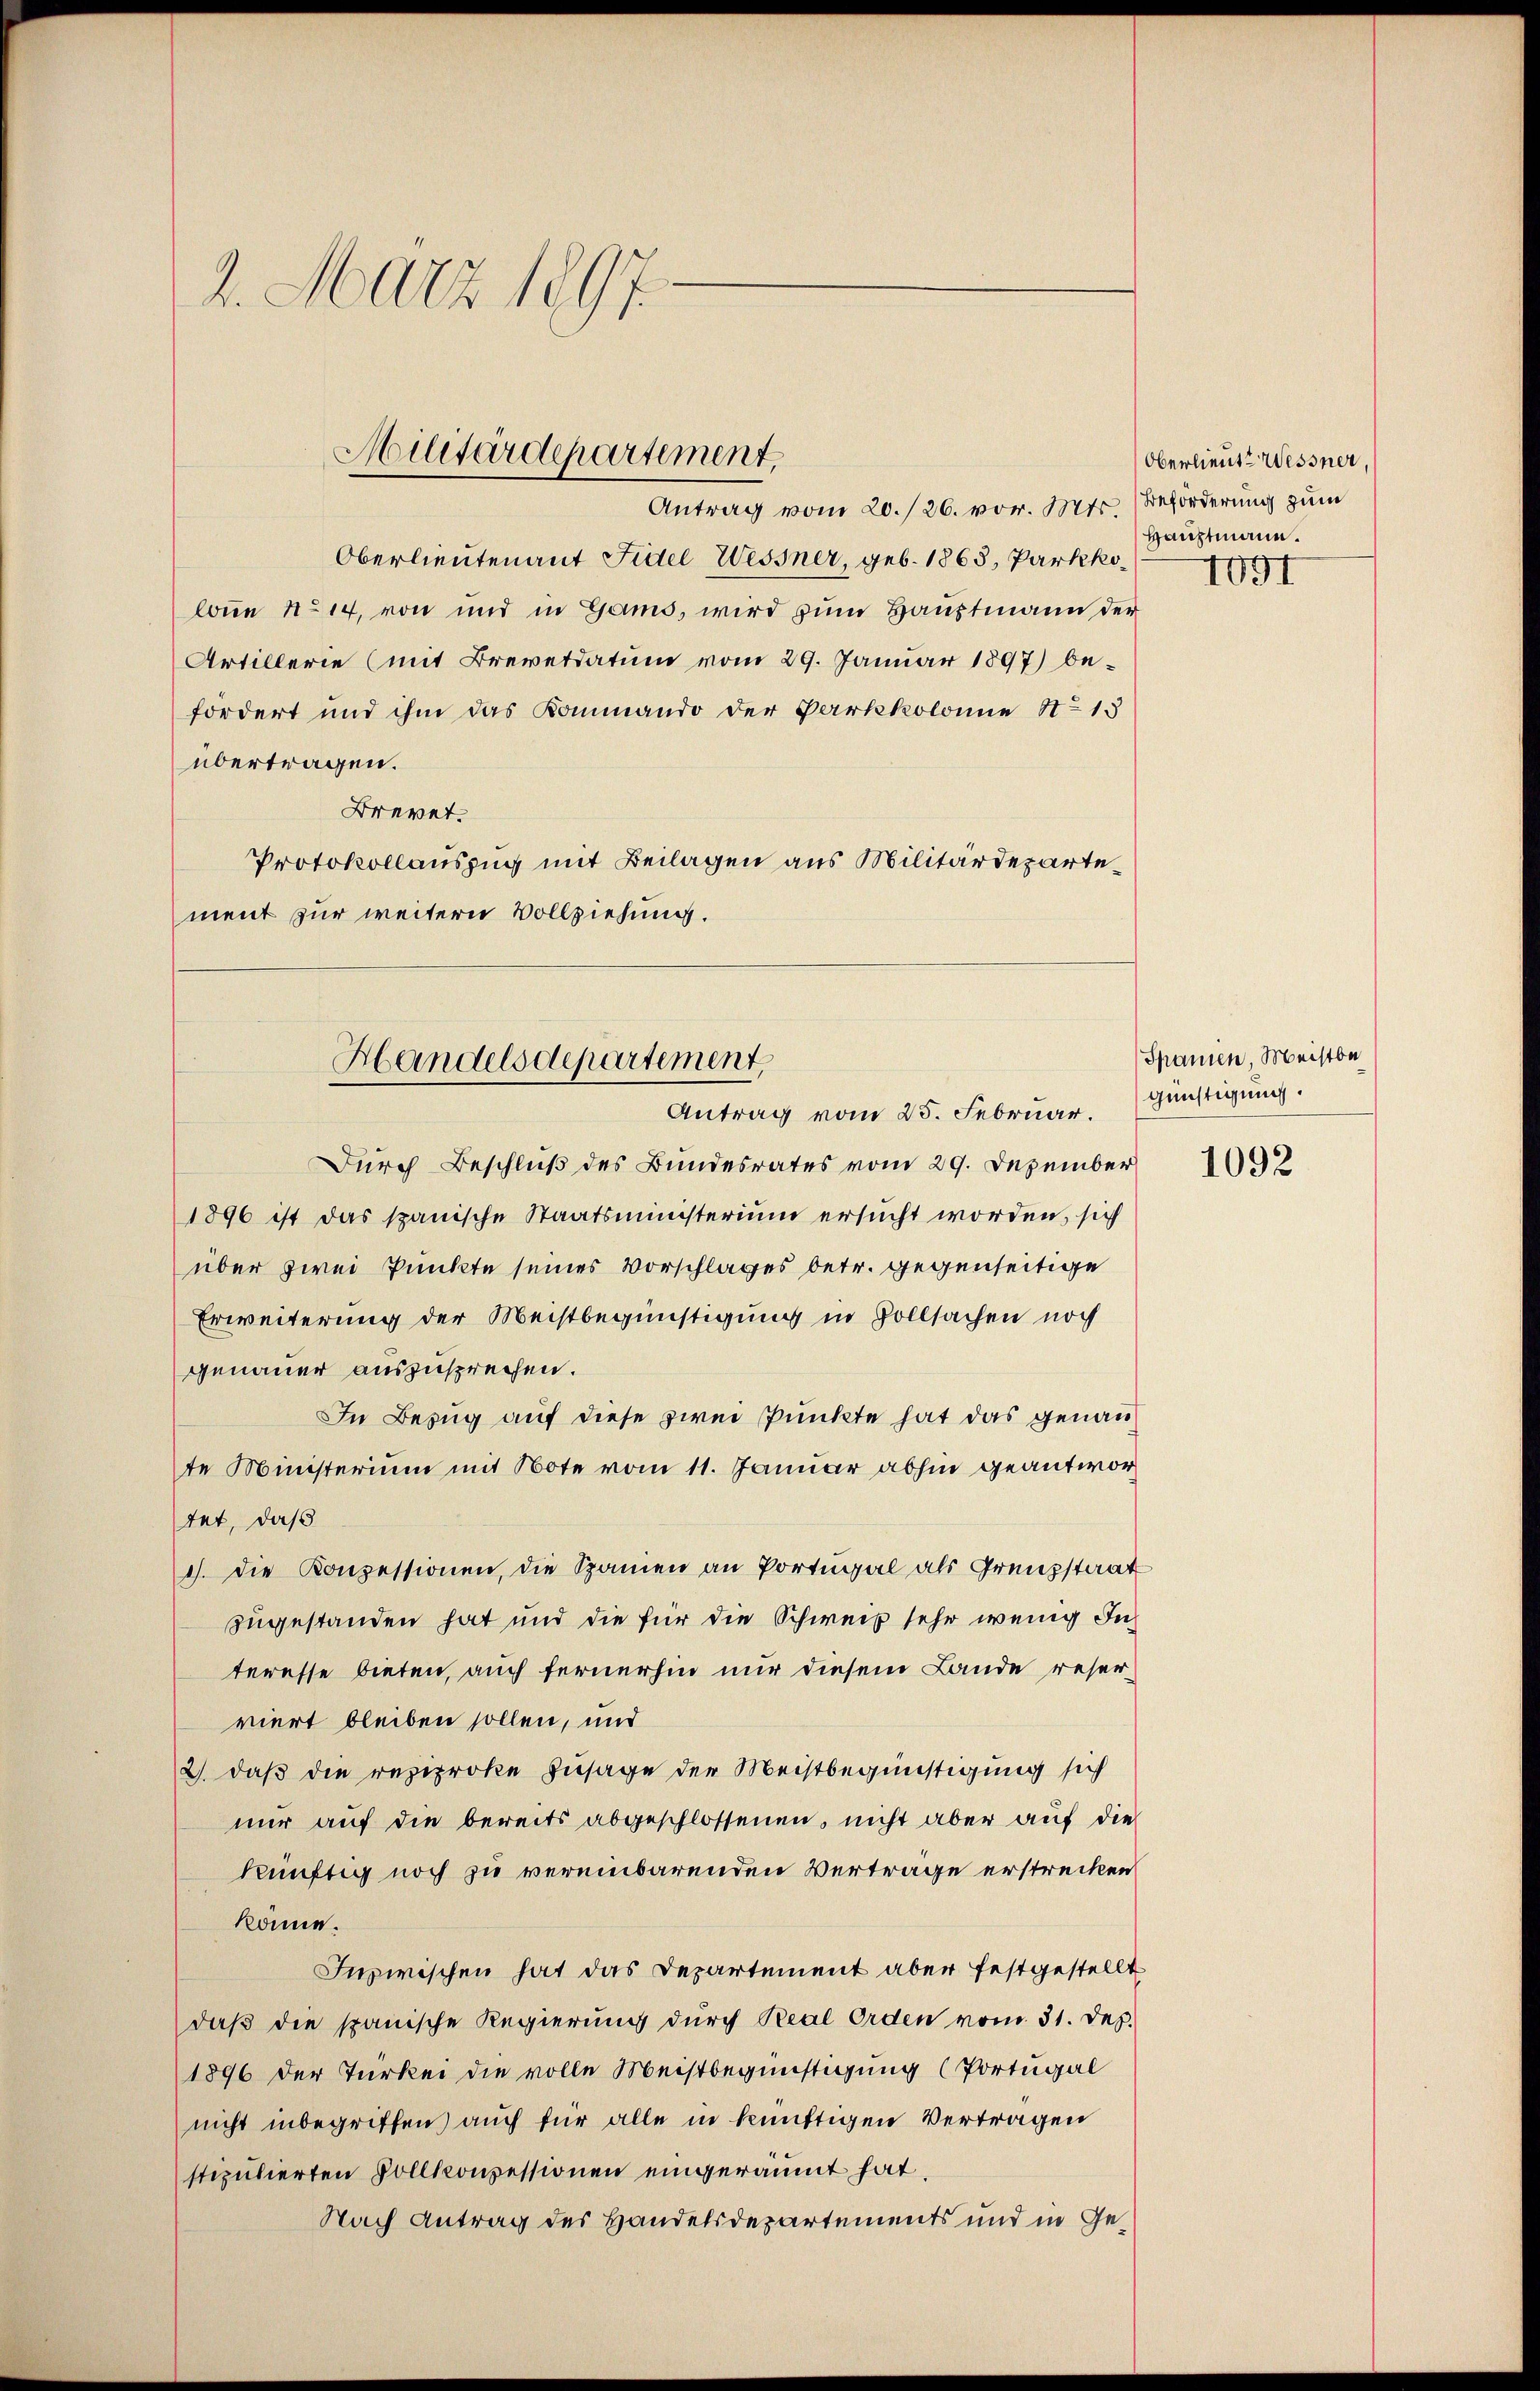
2. März 1897.

Handelsdepartement,
Antrag vom 25. Februar.

Militärdepartement,

Antrag vom 20./26. vor. Mts. Beforderung zum
Oberlieutenant Fidel Wessner, geb. 1868, Parkekolonne No 14, von und in Gams, wird zum Hauptmann der
Artillerie (mit Brevetdatum vom 29. Januar 1897) be-
fordert und ihm das Kommando der Parkkolonie No 15
übertragen.
Brevet.
Protokollauszug mit Beilagen aus Militärdepartement zur weitern Vollziehung.

Oberlieute Wessner
Hauptmann.
4091

Durch Beschluß des Bundesrates vom 29. Dezember
1896 ist das spanische Staatsministerium ersucht worden, sich
über zwei Punkte seines Vorschlages betr. gegenseitige
Erweiterung der Meistbegünstigung in Vollsachen noch
genauer auszusprechen.
In Bezug auf diese zwei Punkte hat das genau
te Ministerium mit Note vom 11. Januar abhin geantwortet, daß
1). Die Konzessionen, die Spanien an Portugal als Grenzstaat
zugestanden hat und die für die Schweiz sehr wenig Interesse bieten, auch fernerhin nur diesem Lande reserviert bleiben sollen, und
2) daß die reziproke Zusage der Meistbegünstigung sich
nur auf die bereits abgeschlossenen, nicht aber auf die
künftig noch zu vereinbarenden Vertrage erstrecken
könne.
Inzwischen hat das Departement aber festgestellt
daß die spanische Regierung durch Real Orden vom 31. Dez.
1896 der Türkei die volle Meistbegünstigung (Portugal
nicht inbegriffen auch für alle in künftigen Vertragen
stipulierten Vollkonsessionen eingeräumt hat,
Nach Antrag des Handelsdepartements und in Ge¬

Spanien, Meistbe
günstigung.

1092